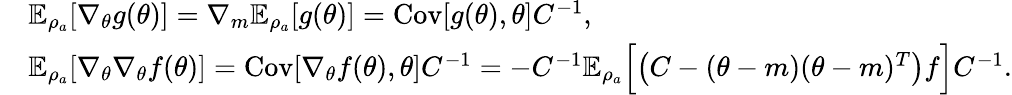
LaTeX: \begin{array}{rl}&{\mathbb{E}_{\rho_{a}}[\nabla_{\theta}g(\theta)]=\nabla_{m}\mathbb{E}_{\rho_{a}}[g(\theta)]=\mathrm{Cov}[g(\theta),\theta]C^{-1},}\\ &{\mathbb{E}_{\rho_{a}}[\nabla_{\theta}\nabla_{\theta}f(\theta)]=\mathrm{Cov}[\nabla_{\theta}f(\theta),\theta]C^{-1}=-C^{-1}\mathbb{E}_{\rho_{a}}\Bigl[\bigl(C-(\theta-m)(\theta-m)^{T}\bigr)f\Bigr]C^{-1}.}\end{array}